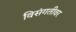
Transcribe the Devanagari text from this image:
विसंगतीवर